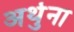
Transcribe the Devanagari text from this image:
अर्थुना